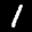
Digit: 1